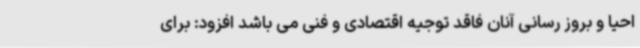
احیا و بروز رسانی آنان فاقد توجیه اقتصادی و فنی می باشد افزود: برای